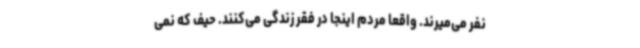
نفر می‌میرند. واقعاً مردم اینجا در فقر زندگی می‌کنند. حیف که نمی‌